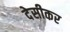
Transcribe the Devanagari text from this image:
देसीकर